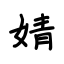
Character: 婧